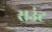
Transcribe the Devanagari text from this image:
राउंट